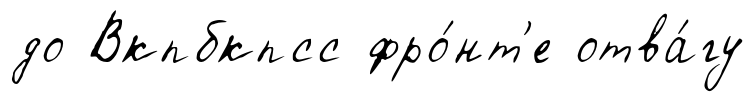
до Вкпбкпсс фро́нт'е отва́гу